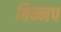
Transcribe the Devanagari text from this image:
बिन्नप